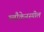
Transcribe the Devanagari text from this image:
ग्लौकेनस्पील